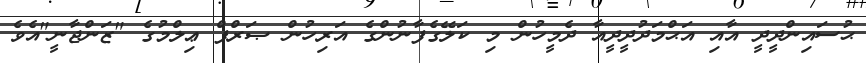
ޙުސައިންްދީދީ އާއި އަޙްމަދުދީދީއާ ދެމީހުން މި ކަލޭގެފާނުންގެ އަރިހުން ޞަރްފް ޢިލްމުގެ "ޒަންޖާނީ"އެވެ